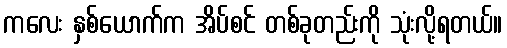
ကလေး နှစ်ယောက်က အိပ်စင် တစ်ခုတည်းကို သုံးလို့ရတယ်။